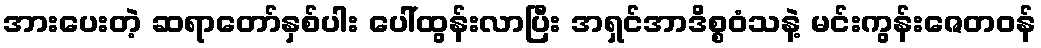
အားပေးတဲ့ ဆရာတော်နှစ်ပါး ပေါ်ထွန်းလာပြီး အရှင်အာဒိစ္စဝံသနဲ့ မင်းကွန်းဇေတဝန်